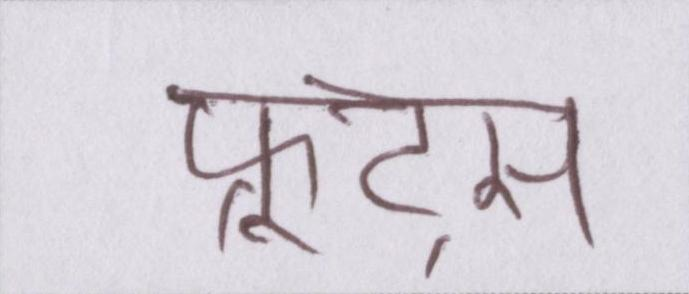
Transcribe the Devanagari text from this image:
फ्रूट्स